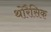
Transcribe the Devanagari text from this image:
थोरैसिक